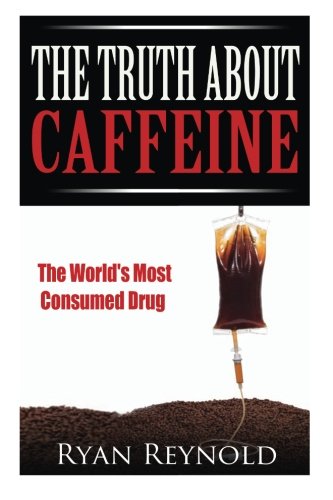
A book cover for Caffeine: The Truth about Caffeine: The World's Most Consumed Drug (The Benefits, Side Effects, and History of Caffeine); Ryan Reynold; Health, Fitness & Dieting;